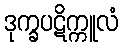
ဒုက္ခပဋိက္ကူလံ